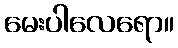
မေးပါလေရော။